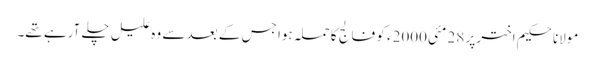
مولانا حکیم اختر پر 28 مئی2000ء کو فالج کا حملہ ہوا جس کے بعد سے وہ علیل چلے آرہے تھے۔